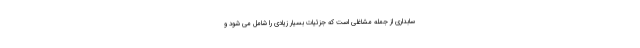
سابداری از جمله مشاغلی است که جزئیات بسیار زیادی را شامل می شود و